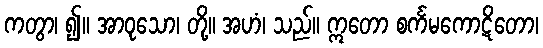
ကတွာ၊ ၍။ အာဝုသော၊ တို့။ အဟံ၊ သည်။ ဣတော စင်္ကမကောဋိတော၊